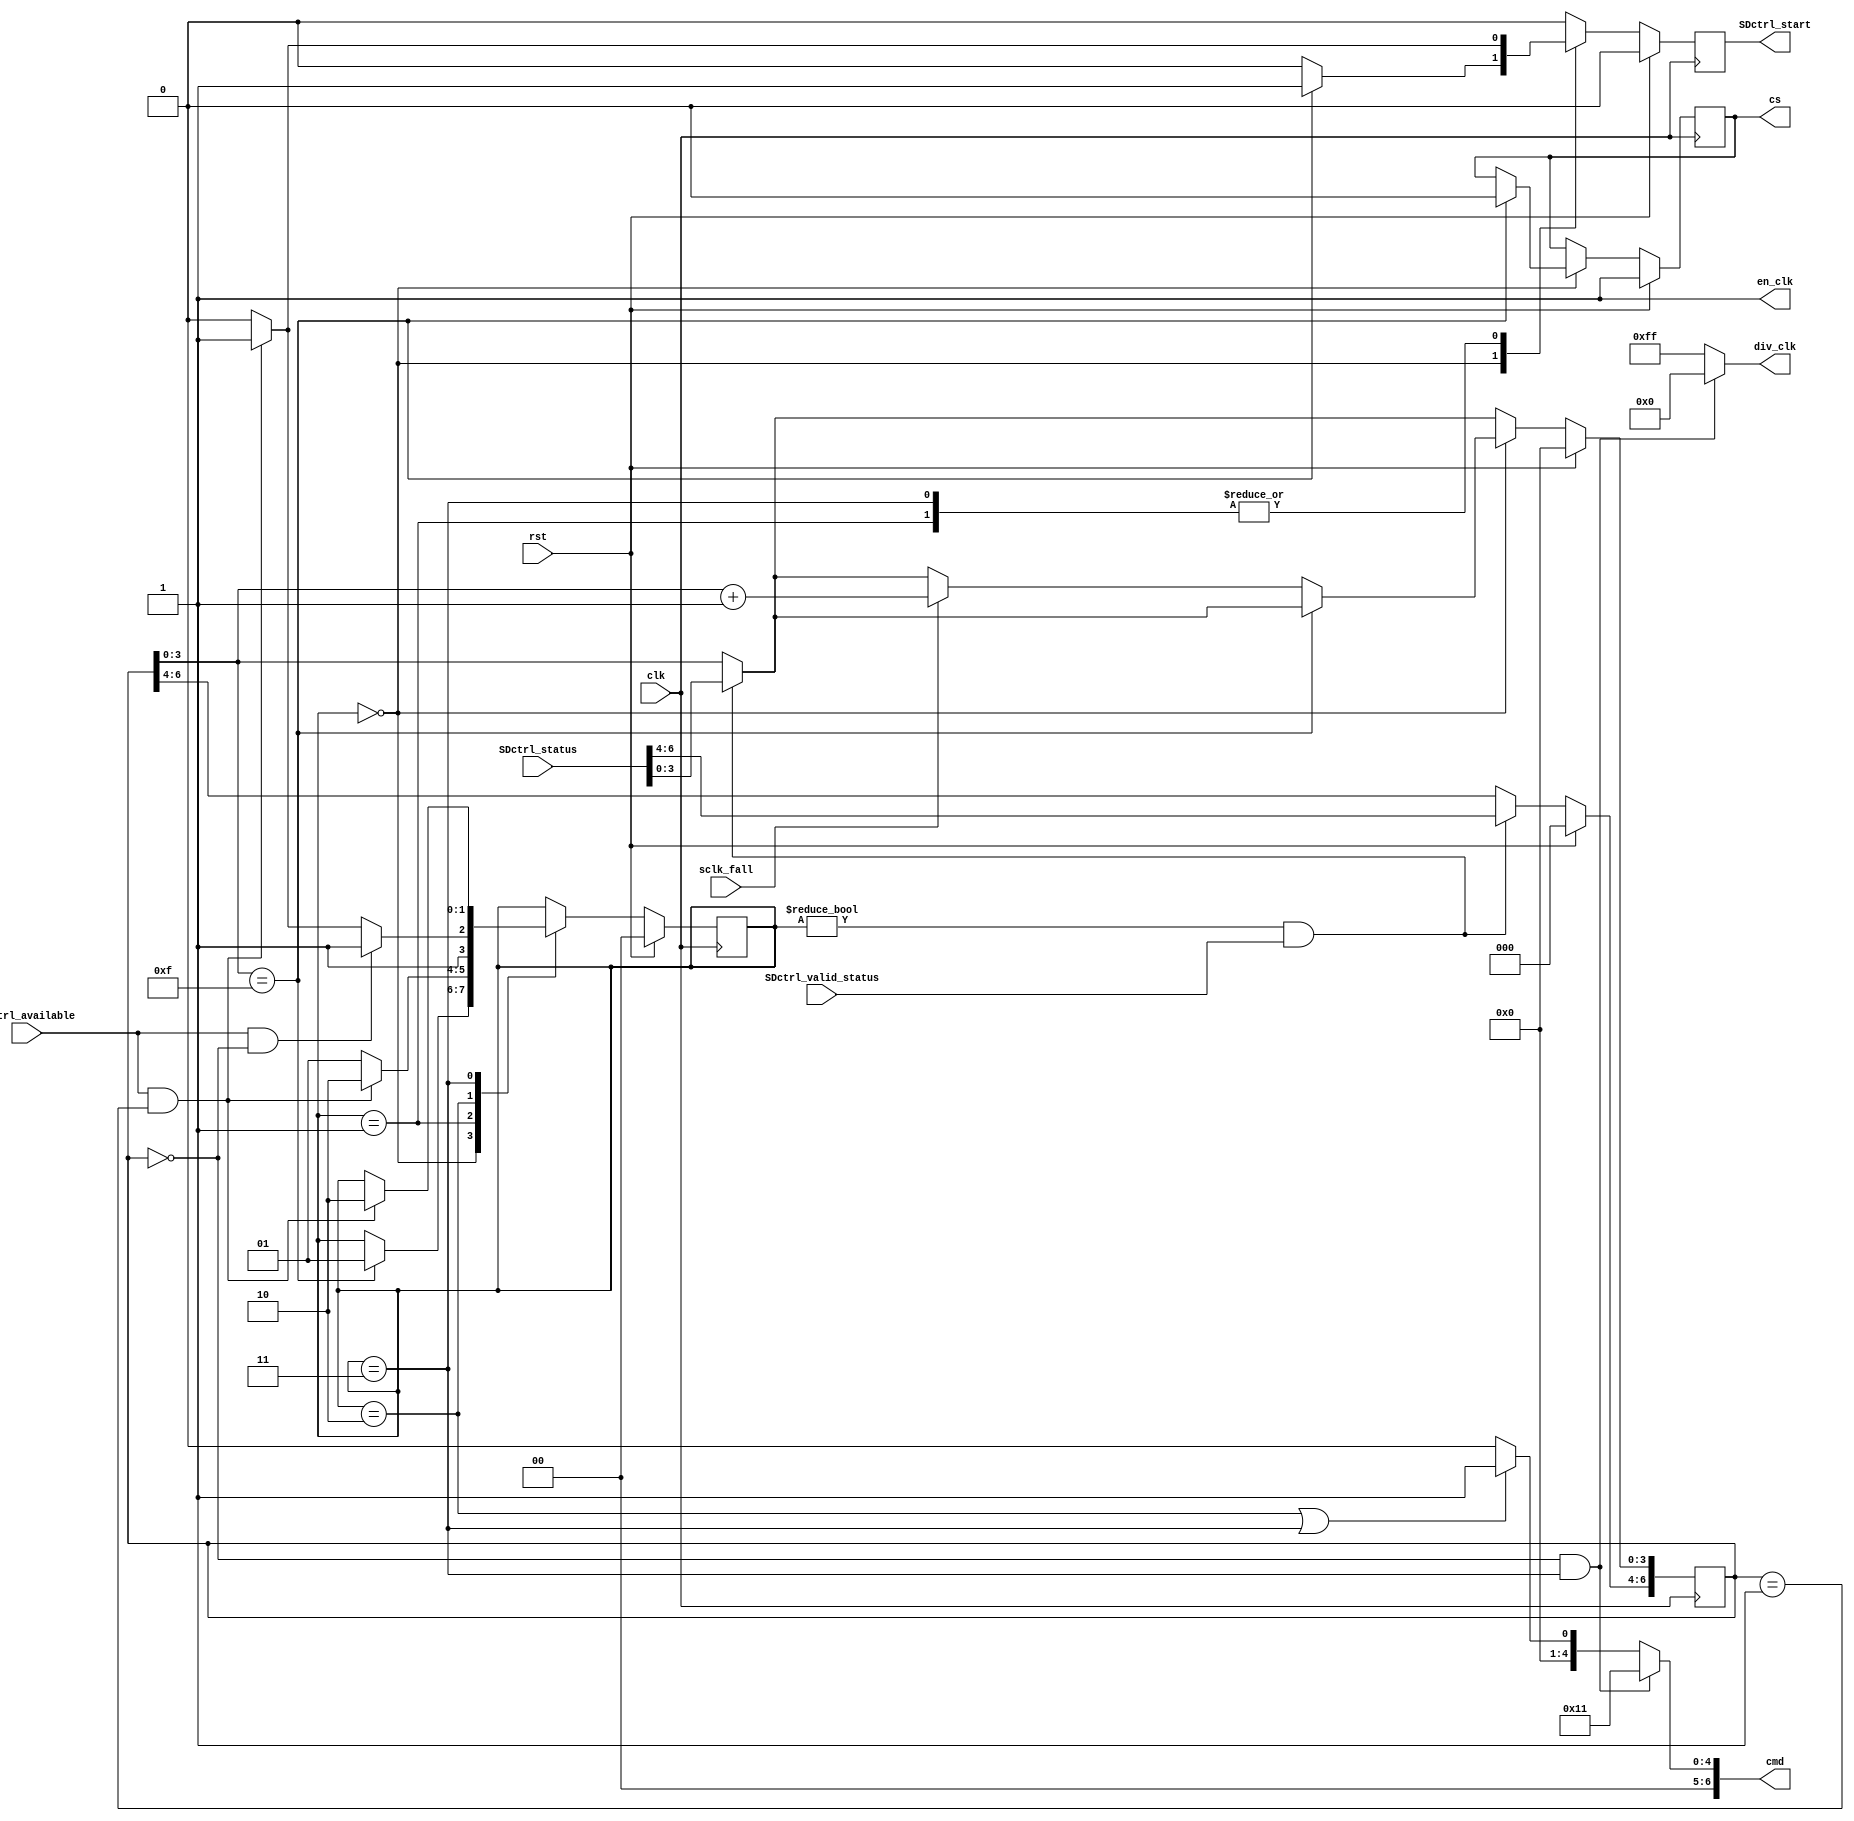
`timescale 1ns / 1ps
module SDBoot(
    input clk,
    input rst,

    output [6:0] cmd,
    output reg SDctrl_start,
    output en_clk,
    output [7:0] div_clk,
    output reg cs,
    input sclk_fall,
    input SDctrl_valid_status,
    input [6:0] SDctrl_status,
    input SDctrl_available 

);

`define RESET 2'b00
`define CMD0 2'b01
`define CMD1 2'b10
`define WAIT_STATUS 2'b11

reg [1:0] state;
reg [6:0] cnt;


always @(posedge clk) begin
  if (rst == 1'b1) begin
    state <= `RESET;
    cnt <= 7'b0000000;
    cs <= 1'b1;
    SDctrl_start <= 1'b0;
  end
  else begin

    SDctrl_start <= 1'b0;
    
    if (state != `RESET && SDctrl_valid_status == 1'b1) begin
      //Once we are out of RESET state cnt can be reuse
      cnt <= SDctrl_status;
    end
  
    case(state)
      `RESET: begin
        if (cnt[3:0] == 4'b1111) begin
          state <= `CMD0;
          SDctrl_start <= 1'b1;
          cs <= 1'b0;
        end
        else begin
          if (sclk_fall == 1'b1) begin
            cnt[3:0] <= cnt[3:0] +1;
          end
        end
      end
      `CMD0: begin
        if (SDctrl_available == 1'b1 && cnt == 7'h01 ) begin
          SDctrl_start <= 1'b1;
          state <= `CMD1;
        end
        else begin
          state <= `CMD0;
        end
      end
      `CMD1: begin
        if (SDctrl_available == 1'b1 && cnt == 7'h00 ) begin
          state <= `WAIT_STATUS;
        end
        else if (SDctrl_available == 1'b1 && cnt == 7'h01) begin
          state <= `WAIT_STATUS;
        end
        else begin
          state <= `CMD1;
        end
      end
      `WAIT_STATUS: begin
        if (SDctrl_available == 1'b1 && cnt == 7'h01 ) begin
          SDctrl_start <= 1'b1;
          state<=`CMD1;
        end
      end
    endcase
  end
end

assign div_clk = (cnt == 7'h00 && state == `WAIT_STATUS  ) ? 8'h00 : 8'hff;
assign en_clk = 1'b1;
assign cmd = (cnt == 7'h00 && state == `WAIT_STATUS) ? 7'h11 :
             (state == `CMD1 || state == `WAIT_STATUS) ? 7'h01 : 7'h00;


initial begin
  state <= `RESET;
end

endmodule